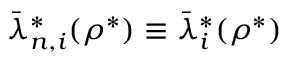
\bar { \lambda } _ { n , i } ^ { * } ( \rho ^ { * } ) \equiv \bar { \lambda } _ { i } ^ { * } ( \rho ^ { * } )